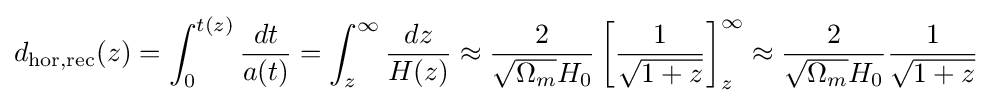
d_{\text{hor,rec}}(z)=\int _{0}^{t(z)}{\frac {dt}{a(t)}}=\int _{z}^{\infty }{\frac {dz}{H(z)}}\approx {\frac {2}{{\sqrt {\Omega _{m}}}H_{0}}}\left[{\frac {1}{\sqrt {1+z}}}\right]_{z}^{\infty }\approx {\frac {2}{{\sqrt {\Omega _{m}}}H_{0}}}{\frac {1}{\sqrt {1+z}}}